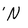
Character: N